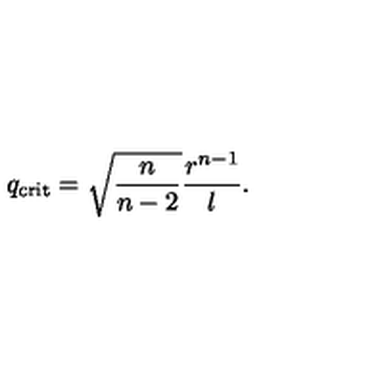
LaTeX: q _ { \mathrm { c r i t } } = \sqrt { \frac { n } { n - 2 } } \frac { r ^ { n - 1 } } { l } .